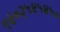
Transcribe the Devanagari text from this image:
९४०३५४५४५०